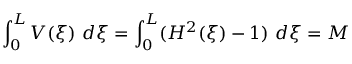
\int _ { 0 } ^ { L } V ( \xi ) ~ d \xi = \int _ { 0 } ^ { L } ( H ^ { 2 } ( \xi ) - 1 ) ~ d \xi = M